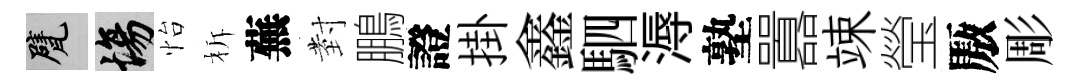
甓場怡柝蕪𭔹鵬證掛鑫駟溽塾囂竦瑩厫彫